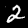
Label: 2